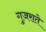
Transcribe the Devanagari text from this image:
गुजराते